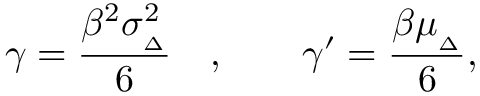
\gamma = \frac { \beta ^ { 2 } \sigma _ { _ { \Delta } } ^ { 2 } } { 6 } \quad , \quad \quad \gamma ^ { \prime } = \frac { \beta \mu _ { _ { \Delta } } } { 6 } ,